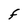
Character: F